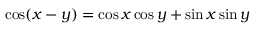
\cos ( x - y ) = \cos x \cos y + \sin x \sin y